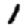
Digit: 1